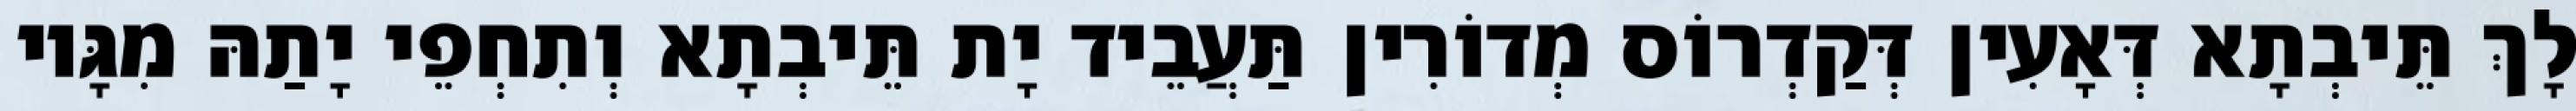
לָךְ תֵּיבְתָא דְּאָעִין דְּקַדְרוֹס מְדוֹרִין תַּעֲבֵיד יָת תֵּיבְתָא וְתִחְפֵי יָתַהּ מִגָּיו